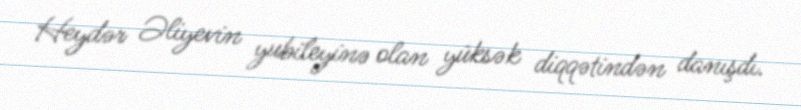
Heydər Əliyevin yubileyinə olan yüksək diqqətindən danışdı.